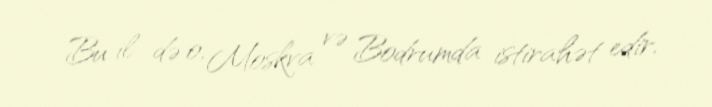
Bu il də o, Moskva və Bodrumda istirahət edir.